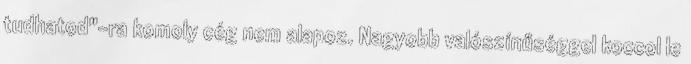
tudhatod"-ra komoly cég nem alapoz. Nagyobb valószínűséggel koccol le